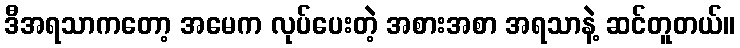
ဒီအရသာကတော့ အမေက လုပ်ပေးတဲ့ အစားအစာ အရသာနဲ့ ဆင်တူတယ်။